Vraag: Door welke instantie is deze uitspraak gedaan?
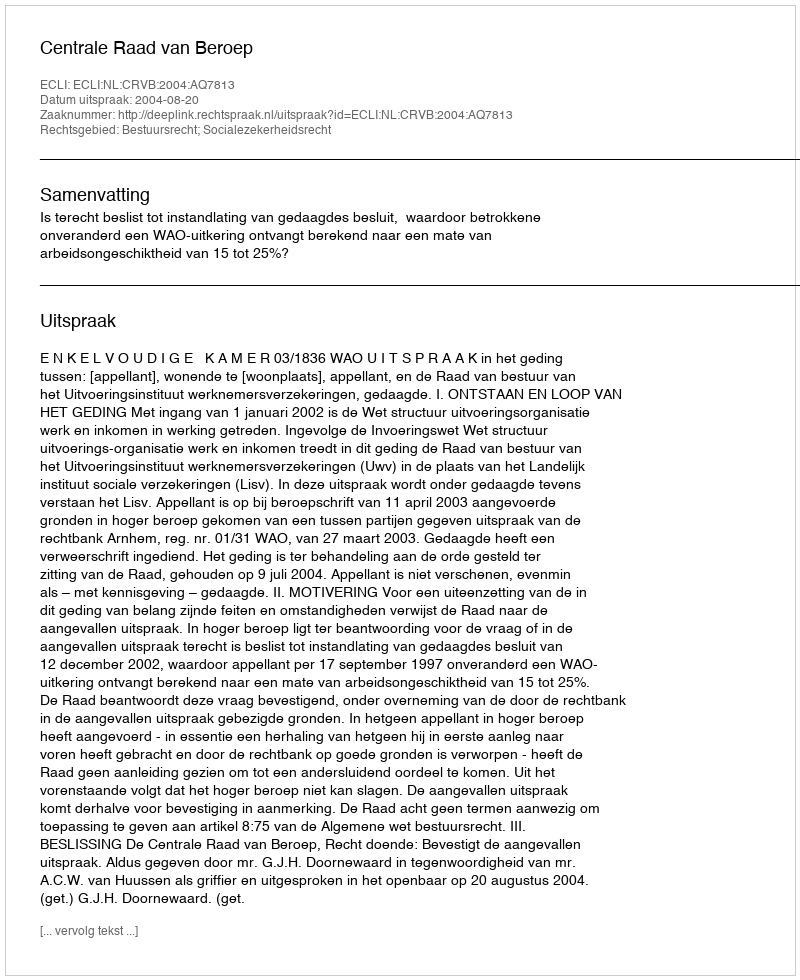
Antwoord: Centrale Raad van Beroep